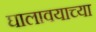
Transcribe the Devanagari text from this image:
घालावयाच्या